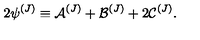
2 { \psi } ^ { ( J ) } \equiv { \cal { A } } ^ { ( J ) } + { \cal { B } } ^ { ( J ) } + 2 { \cal { C } } ^ { ( J ) } .